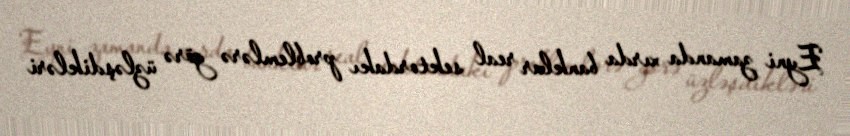
Eyni zamanda xırda banklar real sektordakı problemlərə görə üzləşdikləri